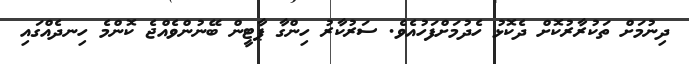
ދިނުމަށް ތަކުރާރުކޮށް ދެކޮޅު ހެދުމަށްފަހުއެވެ. ސަރުކާރު ހިންގާ ޕާޓީން ބޭނުންވެއްޖެ ކޮންމެ ހިނދެއްގައި